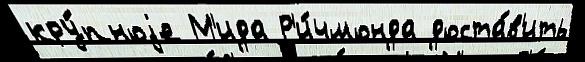
кру́пноjе М'ида Р'и́чмонда доста́в'ить